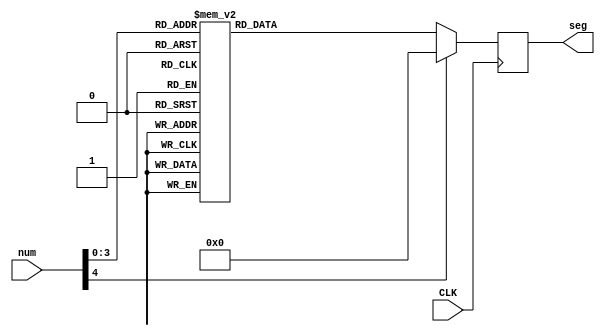
module show (CLK,num,seg);
	input CLK;
   input [4:0]num;
	output reg [6:0] seg;
	
	always @ (posedge CLK)
	begin
	   case (num)
		   4'd0 :
				seg <= 7'b0111111;
			4'd1 :
				seg <= 7'b0000110;
			4'd2 :
				seg <= 7'b1011011;
			4'd3 :
				seg <= 7'b1001111;
			4'd4 :
				seg <= 7'b1100110;
			4'd5 :
				seg <= 7'b1101101;
			4'd6 :
				seg <= 7'b1111101;
			4'd7 :
				seg <= 7'b0000111;
			4'd8 :
				seg <= 7'b1111111;
			4'd9 :
				seg <= 7'b1101111;
			default : 
				seg <= 7'b0000000;
		endcase
	end
endmodule